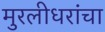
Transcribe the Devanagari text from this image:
मुरलीधरांचा